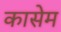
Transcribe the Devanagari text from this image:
कासेम